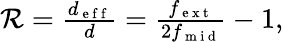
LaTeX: \begin{array}{r}{\mathcal{R}=\frac{d_{\mathrm{~e~f~f~}}}{d}=\frac{f_{\mathrm{~e~x~t~}}}{2f_{\mathrm{~m~i~d~}}}-1,}\end{array}